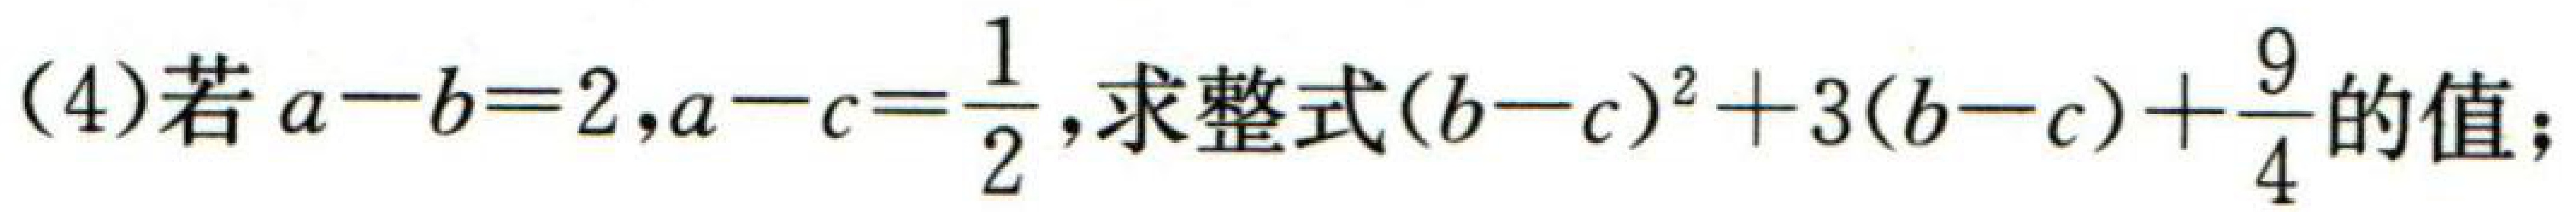
(4)若\(a - b = 2,a - c=\frac{1}{2}\),求整式\((b - c)^{2}+3(b - c)+\frac{9}{4}\)的值;